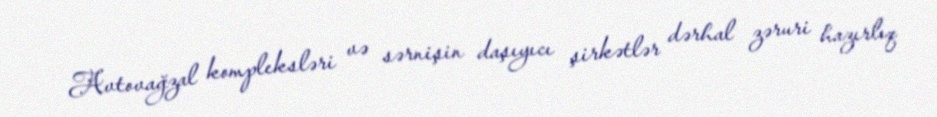
Avtovağzal kompleksləri və sərnişin daşıyıcı şirkətlər dərhal zəruri hazırlıq